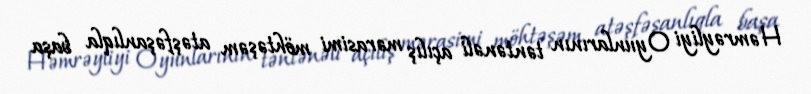
Həmrəyliyi Oyunlarının təntənəli açılış mərasimi möhtəşəm atəşfəşanlıqla başa